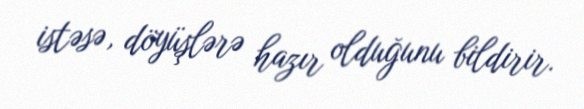
istəsə, döyüşlərə hazır olduğunu bildirir.